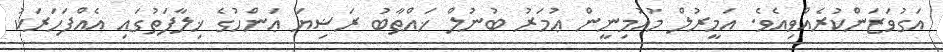
އަގުވަޒަންކުރެއްވިއެވެ. އަމީރުލް މުއުމިނީން ޢުމަރު ބުނުލް ޚައްޠާބު ރަޟިޔަ ޢަންހުގެ ޚިލާފަތުގައި އެއްފަހަރަކު